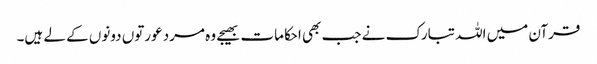
قرآن میں اللہ تبارک نے جب بھی احکامات بھیجے وہ مرد عورتوں دونوں کے لے ہیں۔